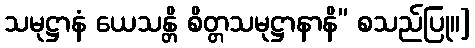
သမုဋ္ဌာနံ ယေသန္တိ စိတ္တသမုဋ္ဌာနာနိ” စသည်ပြု။]